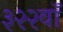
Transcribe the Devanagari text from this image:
३२२वॉ